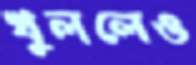
খুললেও